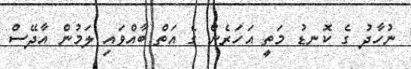
ނުހާދު ގެ ކޮނޑު މަތީ އަހަރެން ގެ އަތް ބާއްވައި ލަމުން އާދޭސް